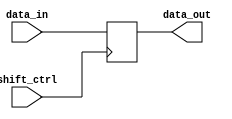
module pipo_shift_register (
   input [7:0] data_in,
   input shift_ctrl,
   output [7:0] data_out
);

reg [7:0] reg_data;

always @ (posedge shift_ctrl)
begin
   reg_data <= data_in;
end

assign data_out = reg_data;

endmodule